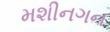
મશીનગન